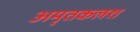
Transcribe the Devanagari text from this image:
अमृतकलश